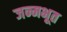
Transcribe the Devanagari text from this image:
जन्मभूत